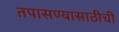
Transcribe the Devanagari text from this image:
तपासण्यासाठीची